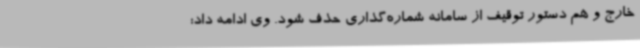
خارج و هم دستور توقیف از سامانه شماره‌گذاری حذف شود. وی ادامه داد: